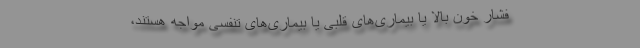
فشار خون بالا یا بیماری‌های قلبی یا بیماری‌های تنفسی مواجه هستند،